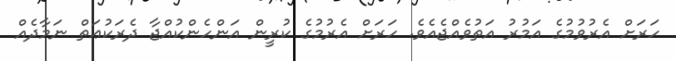
ހަރަށް އެރުވުމުގެ އަމުރު އަތުވެއްޖެއެވެ. ހަރަށް އެރުމުގެ ކުރީން އަންހެންކުއްޖާ ދެރަކުޢަތް ނަމާދެއް